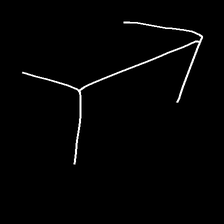
Glyph: gather